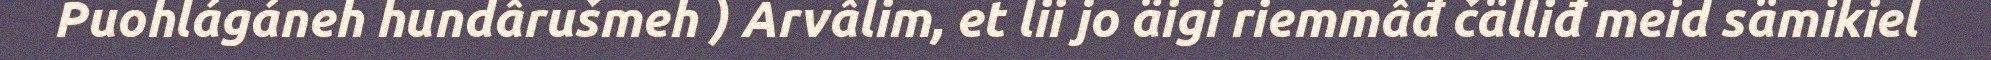
Puohlágáneh hundârušmeh ) Arvâlim, et lii jo äigi riemmâđ čälliđ meid sämikiel